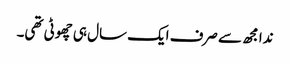
ندا مجھ سے صرف ایک سال ہی چھوٹی تھی۔